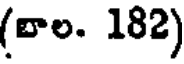
(బాల. 182)